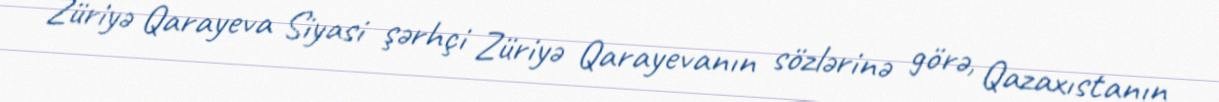
Züriyə Qarayeva Siyasi şərhçi Züriyə Qarayevanın sözlərinə görə, Qazaxıstanın